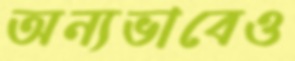
অন্যভাবেও